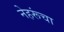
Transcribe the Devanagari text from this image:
नेहरूंचा